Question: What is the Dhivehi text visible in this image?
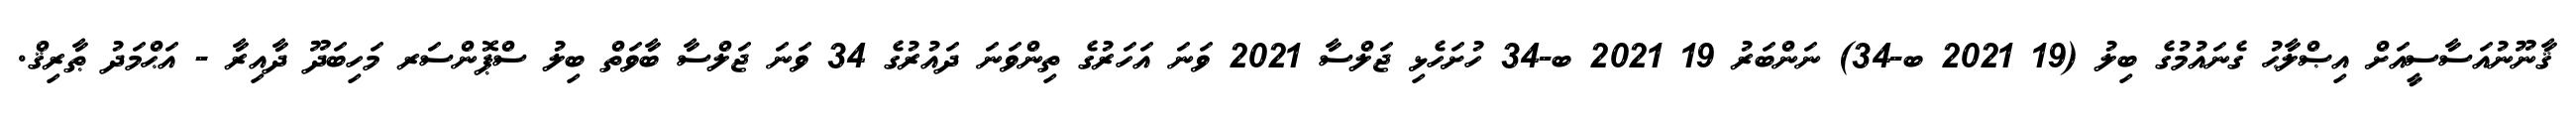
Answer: ޤާނޫނުއަސާސީއަށް އިޞްލާޙު ގެނައުމުގެ ބިލު (19 2021 ބ-34) ނަންބަރު 19 2021 ބ-34 ހުށަހެޅި ޖަލްސާ 2021 ވަނަ އަހަރުގެ ތިންވަނަ ދައުރުގެ 34 ވަނަ ޖަލްސާ ބާވަތް ބިލު ސްޕޮންސަރ މަހިބަދޫ ދާއިރާ - އަޙްމަދު ޠާރިޤް.